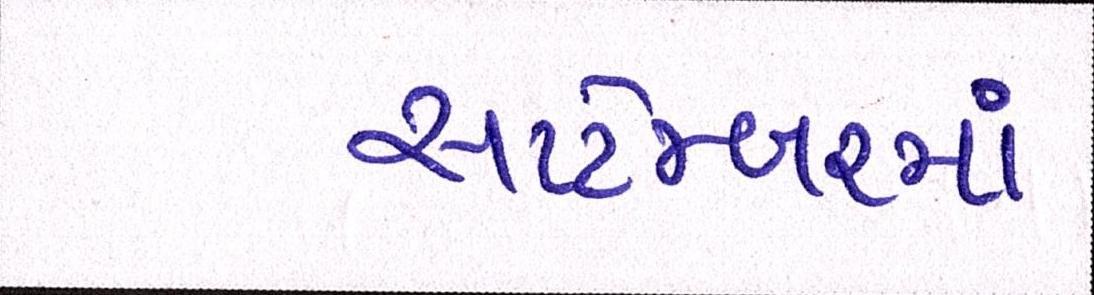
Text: સપ્ટેમ્બરમાં